NAE_ERA_R-2324_Eesti_Vabariigi_Pohiseaduslik_Assamblee, lk 178
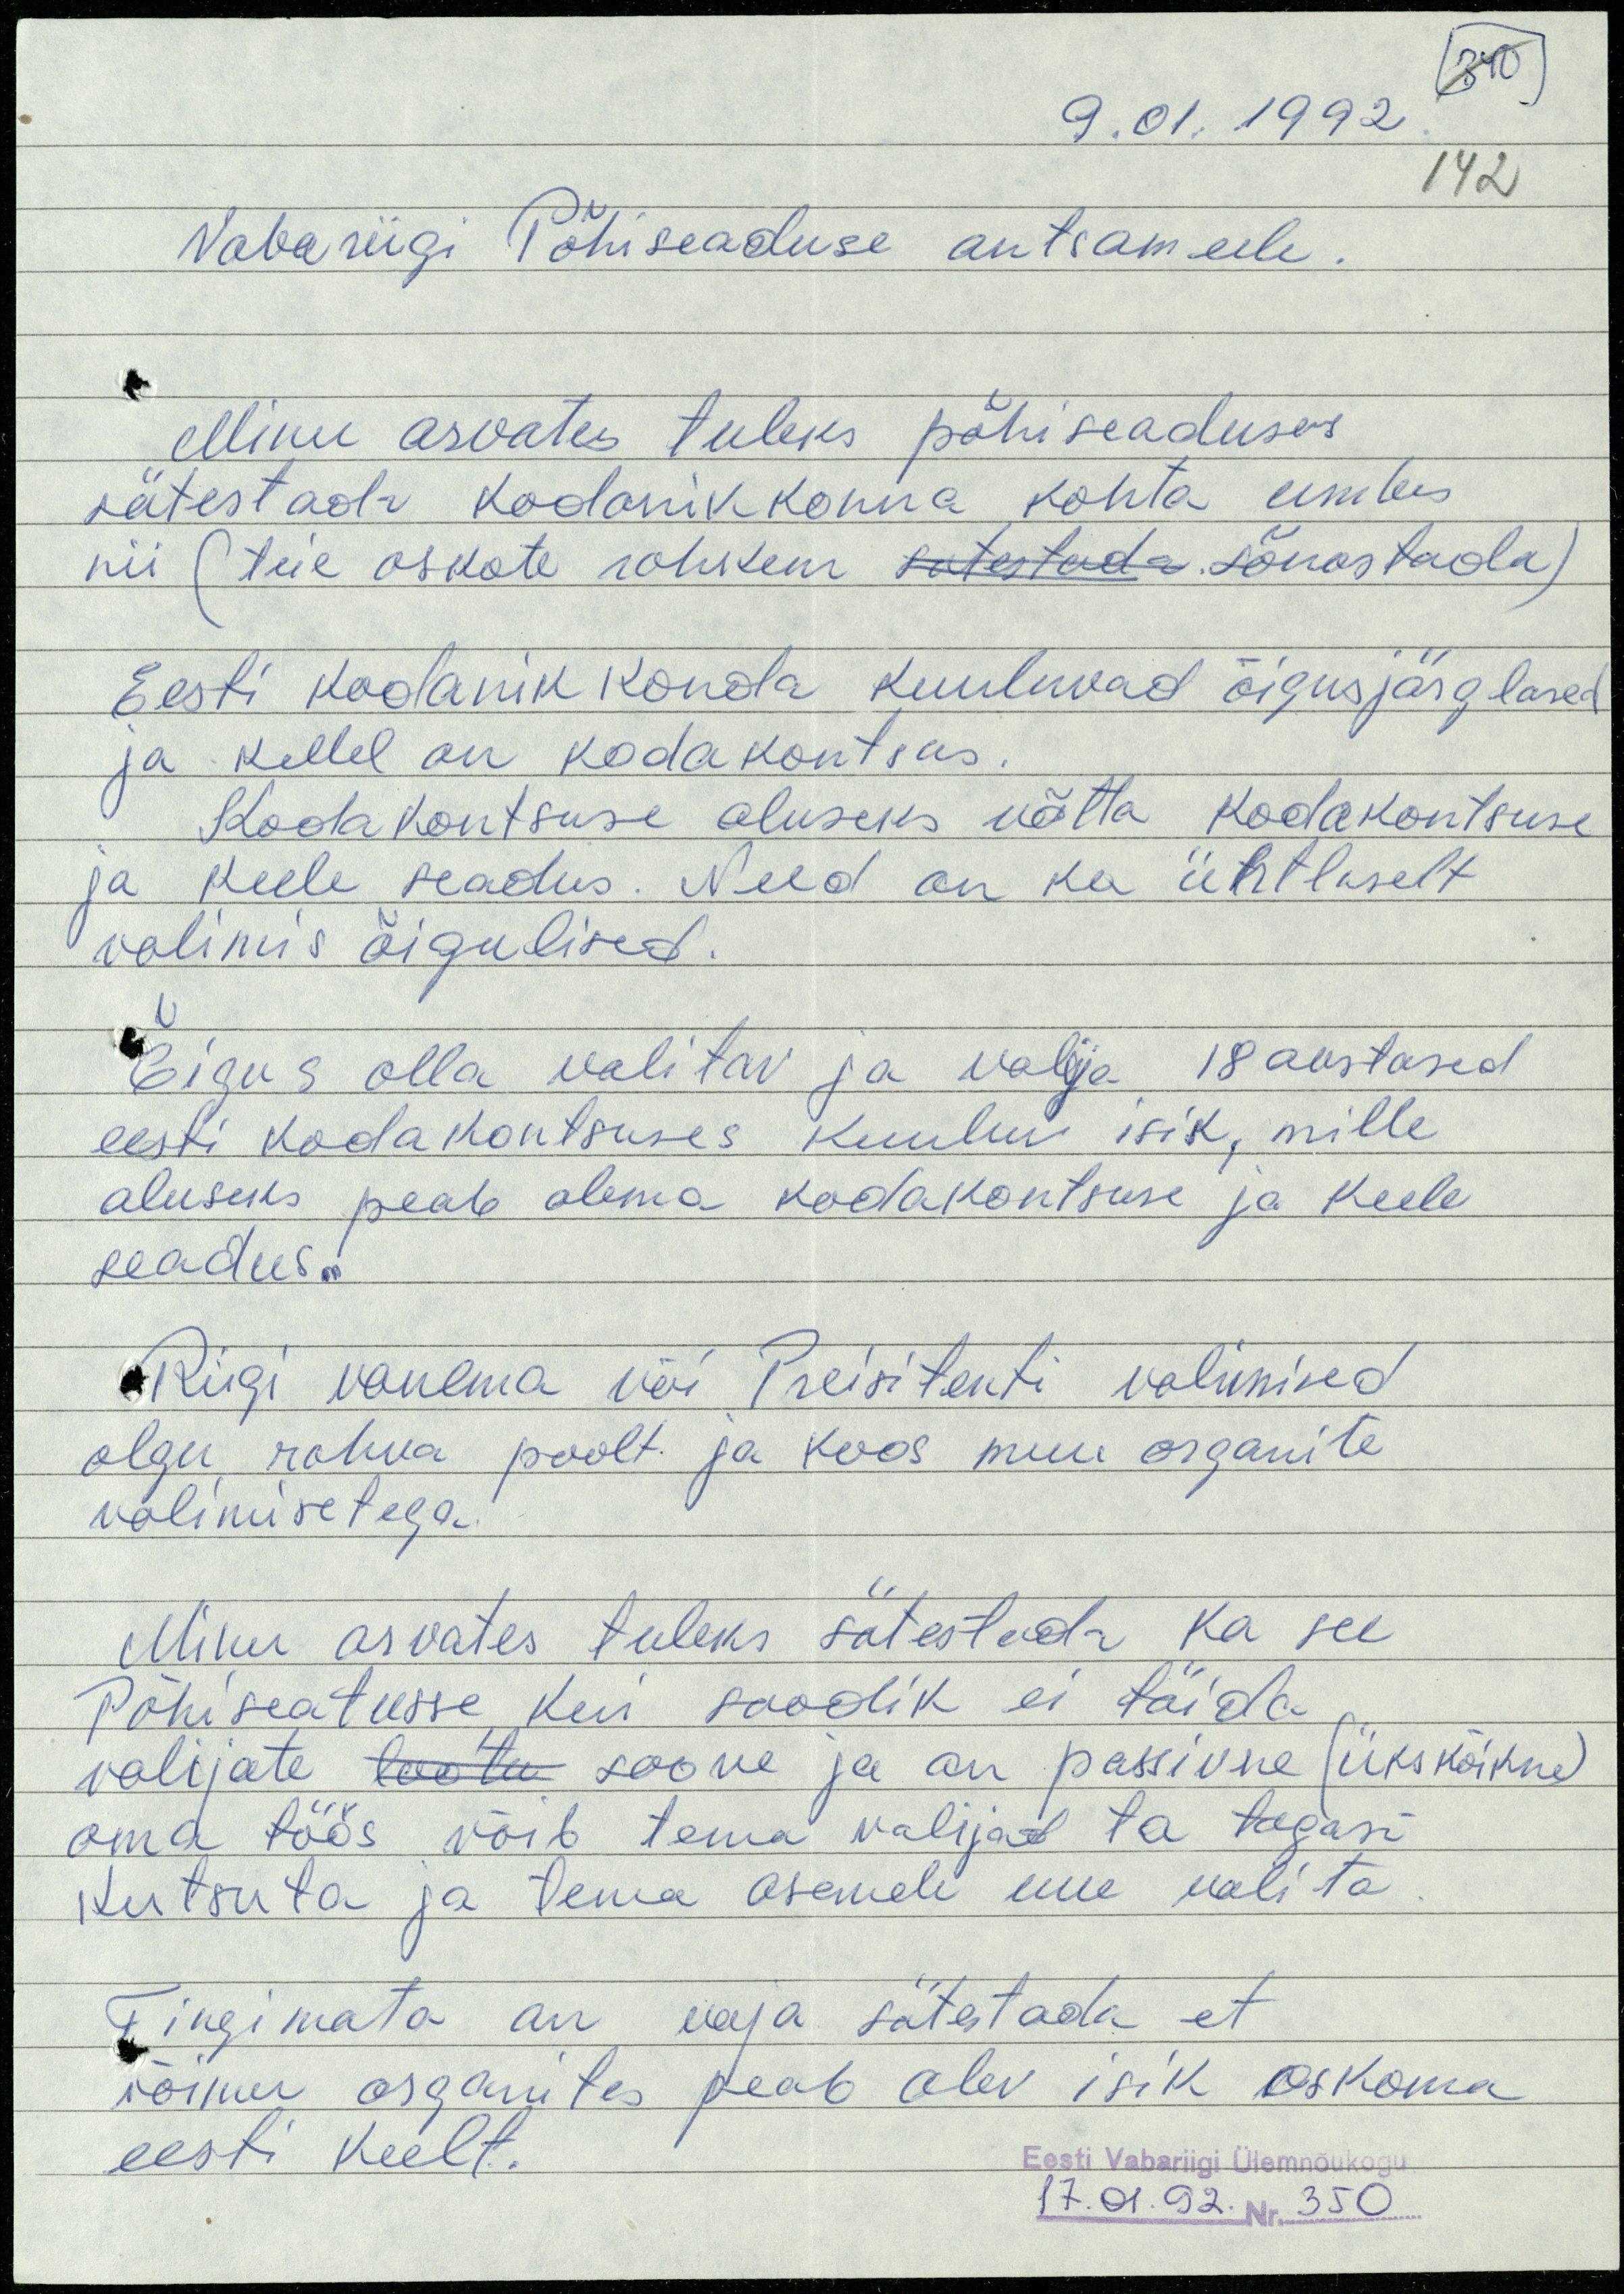
340
9.01.1992
142
Vabariigi Põhiseaduse antsameele.
Minu arvates tuleks põhiseaduses
sätestada kodanikkonna kohta umbes
nii (teie oskate rohkem satestada sõnastada)
Eesti kodanik konda kuuluvad õigusjärglased
ja kellel on kodakontsus.
Kodakontsuse aluseks võtta kodakontsuse
ja keele seadus. Need on ka ühtlaselt
valimis õigulised.
Õigus olla valitav ja valija 18 aastased
eesti kodakontsuses kuuluv isik, mille
aluseks peab olema kodakontuse ja keele
seadus.
Riigi vanema või Preisitenti valimised
olgu rahva poolt ja koos muu organite
valimisetega.
Minu arvates tuleks sätestada ka see
Põhiseatusse, kui saadik ei täida
valijate lootu soove ja on passivne (ükskõikne)
oma töös võib tema valijad ta tagasi
kutsuta ja tema asemele uue valita.
Tingimata on vaja sätestada et
võimu organites peab olev isik oskama
eesti keelt.
Eesti Vabariigi Ülemnõukogu
17.01.92. Nr.  350